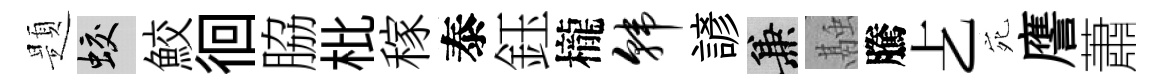
題蛟鮫徊脇枇稼泰鈺櫳韩諺兼融騰𠧒宛譍蕭